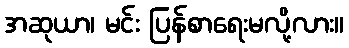
အဆုယာ၊ မင်း ပြန်စာရေးမလို့လား။